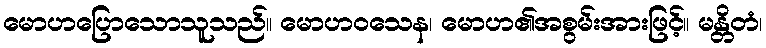
မောဟပြောသောသူသည်။ မောဟဝသေန၊ မောဟ၏အစွမ်းအားဖြင့်။ မန္တိတံ၊